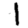
Digit: 1